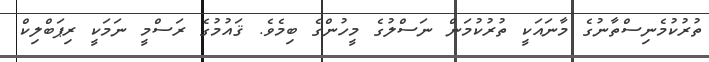
ތުރުކުމެނިސްތާނުގެ މާނައަކީ ތުރުކުމަން ނަސްލުގެ މީހުންގެ ބިމެވެ. ޤައުމުގެ ރަސްމީ ނަމަކީ ރިޕަބްލިކް